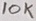
Text: 10K